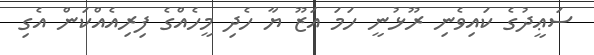
ސަޢީދުގެ ކައިވެނި ރޫޅުނީ ހަމަ އަޒޫ ޔާ ހެދި މީހެއްގެ ފިރިއެއްކަން އެގި